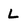
Character: L